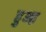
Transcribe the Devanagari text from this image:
हुआ़